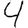
Digit: 4